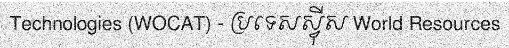
Technologies (WOCAT) - ប្រទេសស្វ៊ីស World Resources